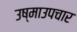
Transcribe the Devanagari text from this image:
उष्माउपचार